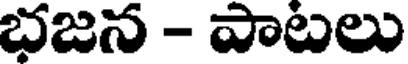
భజన - పాటలు